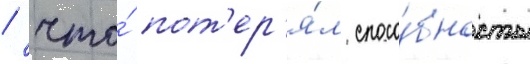
/ что́ пот'ер'я́л спосо́бность